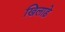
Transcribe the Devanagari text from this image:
खिलाड़े